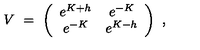
V \ = \ \left( \begin{array} { c c } { e ^ { K + h } } & { e ^ { - K } } \\ { e ^ { - K } } & { e ^ { K - h } } \\ \end{array} \right) \ ,